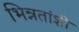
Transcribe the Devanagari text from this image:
भिन्नतांशी